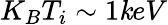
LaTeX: K_{B}T_{i}\sim1\mathit{k}eV